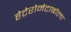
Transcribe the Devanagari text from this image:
हेटेरोमेटाबोला